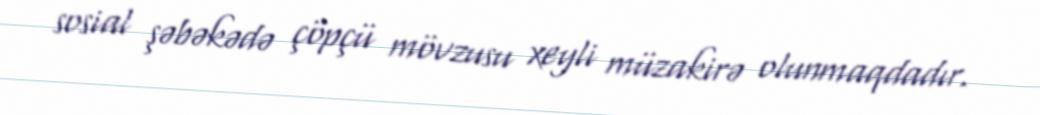
sosial şəbəkədə çöpçü mövzusu xeyli müzakirə olunmaqdadır.